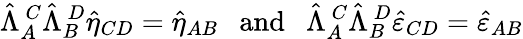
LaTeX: \hat{\Lambda}_{A}^{\ C}\hat{\Lambda}_{B}^{\ D}\hat{\eta}_{CD}=\hat{\eta}_{AB}\ \ \ \mathrm{and}\ \ \ \hat{\Lambda}_{A}^{\ C}\hat{\Lambda}_{B}^{\ D}\hat{\varepsilon}_{CD}=\hat{\varepsilon}_{AB}